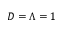
D = \Lambda = 1